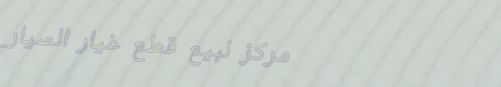
مركز لبيع قطع غيار السيار